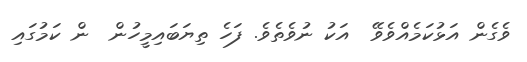
ވެގެން އަޅުކަމެއްވެވޭ  އަކު ނުވެތެވެ. ފަހެ ތިޔަބައިމީހުން  ން ކަމުގައި